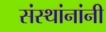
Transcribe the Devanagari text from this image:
संस्थांनांनी